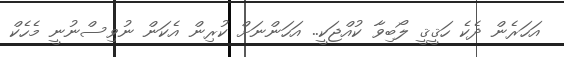
އަހަރެން ދެކެ ހަޤީޤީ ލޯބިވާ ކުއްޖަކީ.. އަހަންނަށް ކުރިން އެކަން ނުވިސްނުނީ މެހެކް